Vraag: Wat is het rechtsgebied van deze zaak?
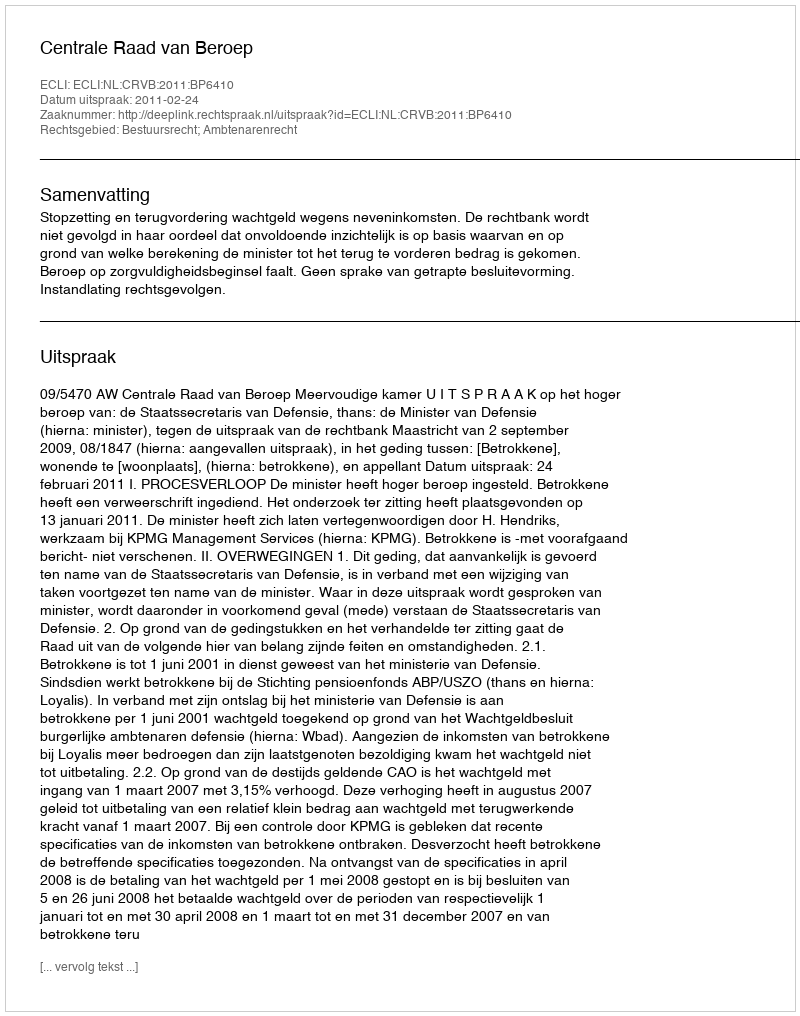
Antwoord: Bestuursrecht; Ambtenarenrecht